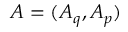
{ \boldsymbol { \cal A } } = ( { \cal A } _ { q } , { \cal A } _ { p } )